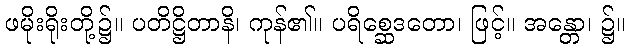
ဖမိုးရိုးတို့၌။ ပတိဋ္ဌိတာနိ၊ ကုန်၏။ ပရိစ္ဆေဒတော၊ ဖြင့်။ အန္တော၊ ၌။